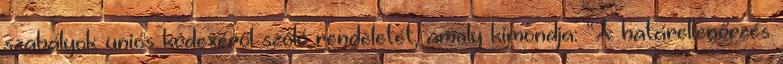
szabályok uniós kódexéről szóló rendeletét, amely kimondja: “A határellenőrzés